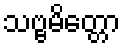
သဗ္ဗမိတ္တော